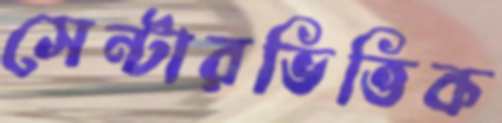
সেন্টারভিত্তিক